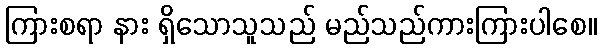
ကြားစရာ နား ရှိသောသူသည် မည်သည်ကားကြားပါစေ။